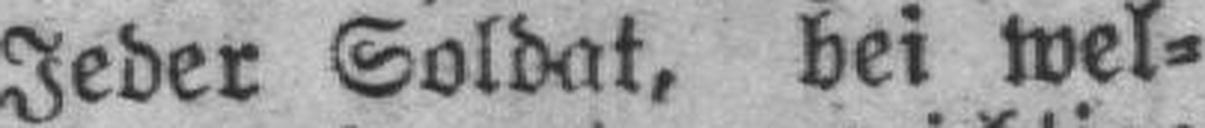
Jeder Soldat, bei wel¬